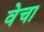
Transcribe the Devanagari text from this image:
वेचा